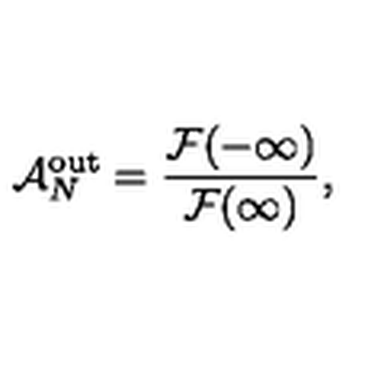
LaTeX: { \cal A } _ { N } ^ { \mathrm { o u t } } = { \frac { { \cal F } ( - \infty ) } { { \cal F } ( \infty ) } } ,